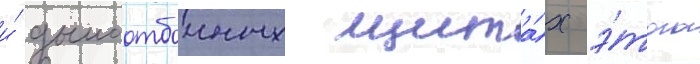
и́ дымоотбоиных щита́х э́того